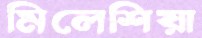
মিলেশিয়া